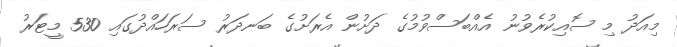
މިއަދު މި ސޮއިކުރެވުނު އެއްބަސްވުމުގެ ދަށުން އެރަށުގެ ބަނދަރު ސަރަހައްދުގައި 530 މީޓަރު